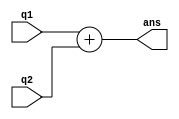
`timescale 1ns / 1ps
//////////////////////////////////////////////////////////////////////////////////
// Company: 
// Engineer: 
// 
// Design Name: 
// Module Name: adder
// Project Name: 
// Target Devices: 
// Tool Versions: 
// Description: 
// 
// Dependencies: 
// 
// Revision:
// Revision 0.01 - File Created
// Additional Comments:
// 
//////////////////////////////////////////////////////////////////////////////////


module adder#(parameter DATA_WIDTH = 8)(q1,q2,ans);
    input [DATA_WIDTH-1:0]q1;
    input [DATA_WIDTH-1:0]q2;
    output reg [DATA_WIDTH-1:0]ans;
    
    initial
    begin
        ans=0;
    end
    
    always@(q1 or q2)
    begin
        ans<=q1+q2;
    end
endmodule